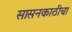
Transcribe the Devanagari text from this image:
सासनकाठीचा